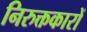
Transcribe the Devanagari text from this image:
निरुक्तकारों